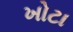
ખોટા